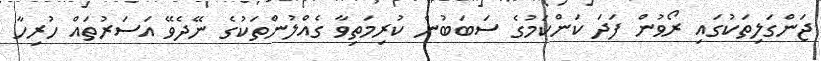
ޖަންގަލިތަކުގައި ރޯވުން ފަދަ ކަންކަމުގެ ސަބަބުން ކުރިމަތިވާ ގެއްލުންތަކުގެ ނޭދެވޭ އަސަރުތައް ހުރިހާ